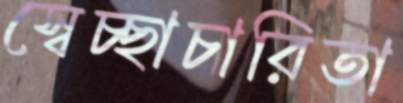
স্বেচ্ছাচারিতা